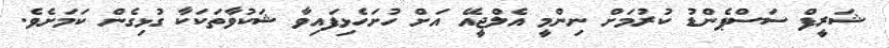
ޝަރީފް ސަސްޕެންޑު ކުރުމަށް ނިންމީ އެލްޖީއޭ އަށް ހުށަހެޅިފައިވާ ޝަކުވާތަކަކާ ގުޅިގެން ކަމަށެވެ.